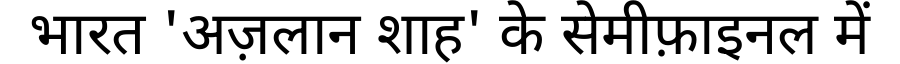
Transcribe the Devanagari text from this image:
भारत 'अज़लान शाह' के सेमीफ़ाइनल में